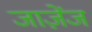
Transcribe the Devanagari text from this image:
जाज़ेंज